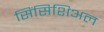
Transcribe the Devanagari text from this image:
सिंसिशिअल